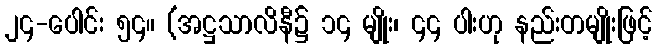
၂၄-ပေါင်း ၅၄။ (အဋ္ဌသာလိနီ၌ ၁၄ မျိုး၊ ၄၄ ပါးဟု နည်းတမျိုးဖြင့်